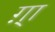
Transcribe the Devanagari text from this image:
ग़्ा